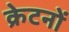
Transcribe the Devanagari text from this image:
क्रेटनों